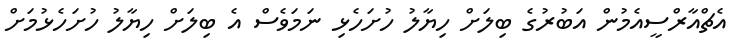
އެޗްއާރްސީއެމުން އަބުރުގެ ބިލަށް ހިޔާލު ހުށަހެޅި ނަމަވެސް އެ ބިލަށް ހިޔާލު ހުށަހެޅުމަށް